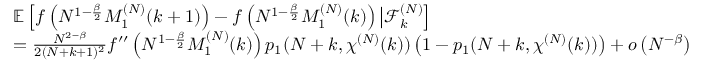
\begin{array} { r l } & { \mathbb { E } \left[ f \left( N ^ { 1 - \frac { \beta } { 2 } } M _ { 1 } ^ { ( N ) } ( k + 1 ) \right) - f \left( N ^ { 1 - \frac { \beta } { 2 } } M _ { 1 } ^ { ( N ) } ( k ) \right) \big | \mathcal { F } _ { k } ^ { ( N ) } \right] } \\ & { = \frac { N ^ { 2 - \beta } } { 2 ( N + k + 1 ) ^ { 2 } } f ^ { \prime \prime } \left( N ^ { 1 - \frac { \beta } { 2 } } M _ { 1 } ^ { ( N ) } ( k ) \right) p _ { 1 } ( N + k , \chi ^ { ( N ) } ( k ) ) \left( 1 - p _ { 1 } ( N + k , \chi ^ { ( N ) } ( k ) ) \right) + o \left( N ^ { - \beta } \right) } \end{array}